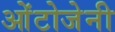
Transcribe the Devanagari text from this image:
ओंटोजेनी